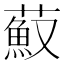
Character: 𦼼